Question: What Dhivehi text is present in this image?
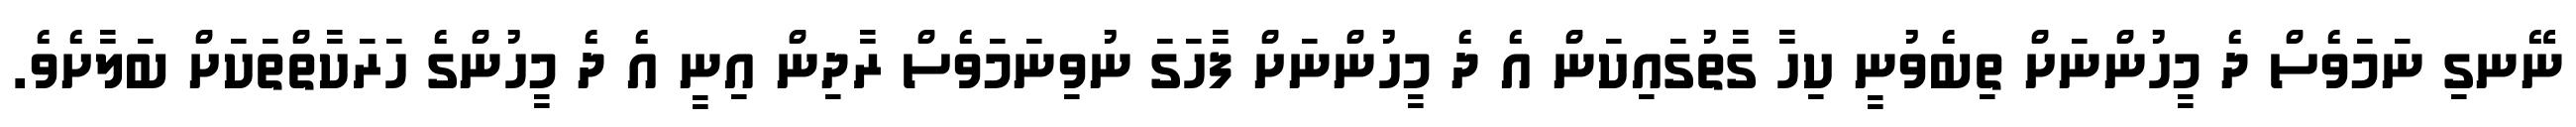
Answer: ނޭނގި ނަމަވެސް ދެ މީހުންނަށް ތިބެވުނީ ކިހާ ގާތުގައިކަން އެ ދެ މީހުންނަށް ފާހަގަ ނުވިނަމަވެސް ރާދިން އިނީ އެ ދެ މީހުންގެ ހަރަކާތްތަކަށް ބަލާށެވެ.